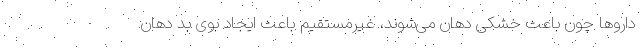
داروها چون باعث خشکی دهان می‌شوند، غیرمستقیم باعث ایجاد بوی بد دهان